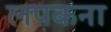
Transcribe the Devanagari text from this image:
लपकना